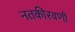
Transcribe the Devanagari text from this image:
नतकीरवणी